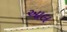
આલ